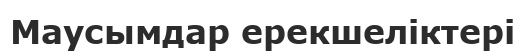
Маусымдар ерекшеліктері